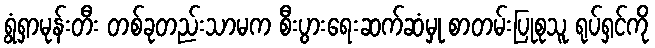
ရွံရှာမုန်းတီး တစ်ခုတည်းသာမက စီးပွားရေးဆက်ဆံမှု စာတမ်းပြုစုသူ ရုပ်ရှင်ကို